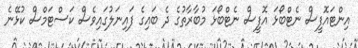
އިންޓައޮފީސް ނެޓްބޯޅަ އޮފީސް ނެޓްބޯޅަ މުބާރާތުގެ ދެ ބައިގެ ފައިނަލުގައިވެސް ކަސްޓަމްސް ކުޅޭނެ